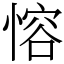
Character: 愹